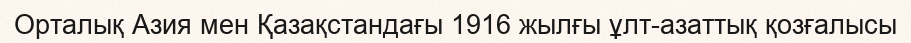
Орталық Азия мен Қазақстандағы 1916 жылғы ұлт-азаттық қозғалысы